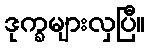
ဒုက္ခများလှပြီ။